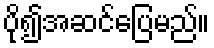
ပို၍အဆင်ပြေမည်။